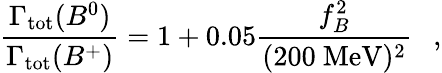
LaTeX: \frac{\Gamma_{\mathrm{tot}}(B^{0})}{\Gamma_{\mathrm{tot}}(B^{+})}=1+0.05\frac{f_{B}^{2}}{(200~\mathrm{MeV})^{2}}~~~,